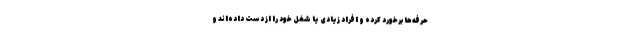
حرفه‌ها برخورد کرده و افراد زیادی یا شغل خود را از دست داده‌اند و